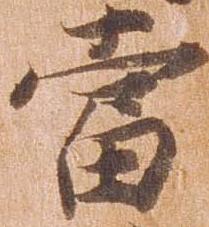
当